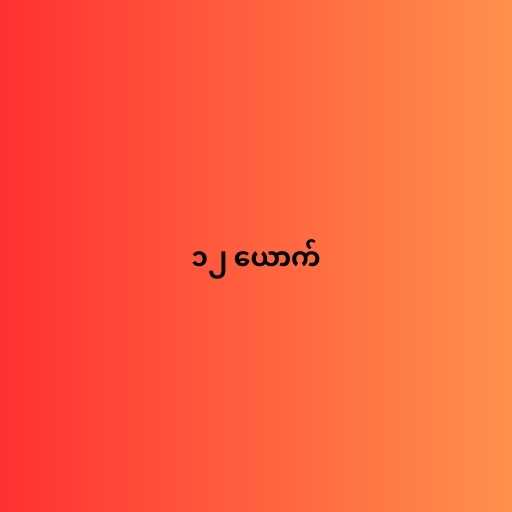
၁၂ ယောက်